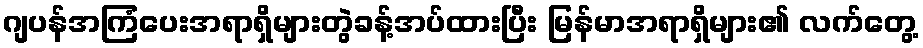
ဂျပန်အကြံပေးအရာရှိများတွဲခန့်အပ်ထားပြီး မြန်မာအရာရှိများ၏ လက်တွေ့